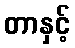
တာနှင့်